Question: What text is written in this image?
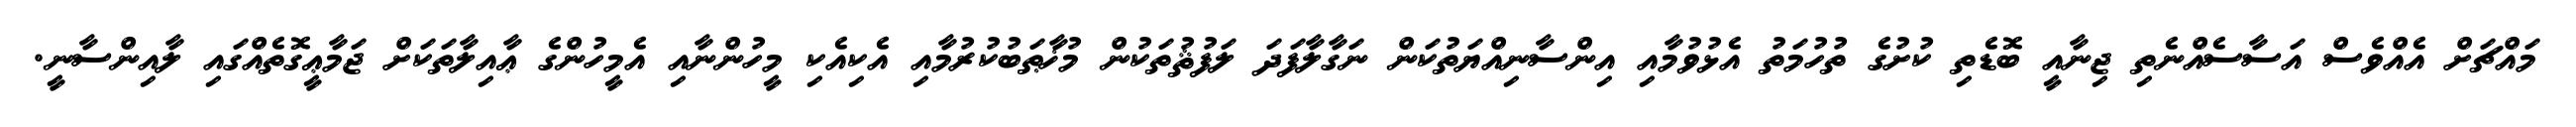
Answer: މައްޗަށް އެއްވެސް އަސާސެއްނެތި ޖިނާއީ ބޮޑެތި ކުށުގެ ތުހުމަތު އެޅުވުމާއި އިންސާނިއްޔަތުކަން ނަގާލާފަދަ ލަފުޘުތަކުން މުޚާޠަބުކުރުމާއި އެކިއެކި މީހުންނާއި އެމީހުންގެ ޢާއިލާތަކަށް ޖަމާޢީގޮތެއްގައި ލާއިންސާނީ.